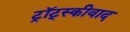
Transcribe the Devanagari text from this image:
ट्रॉट्स्कीवाद